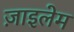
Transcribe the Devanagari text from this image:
ज़ाइलेम